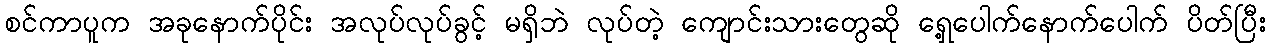
စင်ကာပူက အခုနောက်ပိုင်း အလုပ်လုပ်ခွင့် မရှိဘဲ လုပ်တဲ့ ကျောင်းသားတွေဆို ရှေ့ပေါက်နောက်ပေါက် ပိတ်ပြီး